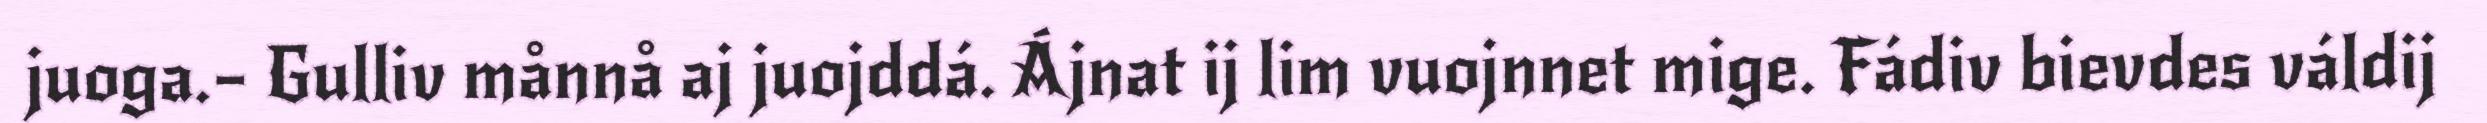
juoga.– Gulliv månnå aj juojddá. Ájnat ij lim vuojnnet mige. Fádiv bievdes váldij